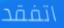
اتفقد